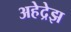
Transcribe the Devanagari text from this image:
अहेद्रेझ